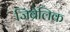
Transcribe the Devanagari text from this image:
जिब्रेलिक